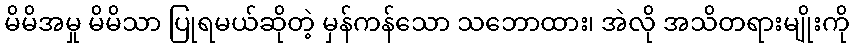
မိမိအမှု မိမိသာ ပြုရမယ်ဆိုတဲ့ မှန်ကန်သော သဘောထား၊ အဲလို အသိတရားမျိုးကို